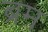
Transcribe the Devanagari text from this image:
ब्रम